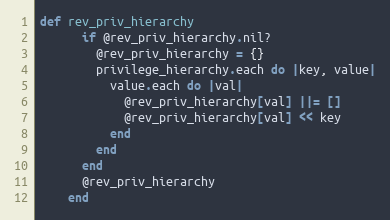
Language: Ruby
def rev_priv_hierarchy
      if @rev_priv_hierarchy.nil?
        @rev_priv_hierarchy = {}
        privilege_hierarchy.each do |key, value|
          value.each do |val|
            @rev_priv_hierarchy[val] ||= []
            @rev_priv_hierarchy[val] << key
          end
        end
      end
      @rev_priv_hierarchy
    end